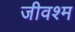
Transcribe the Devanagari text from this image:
जीवश्म